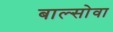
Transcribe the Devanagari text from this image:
बाल्सोवा